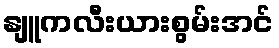
နျူကလီးယားစွမ်းအင်